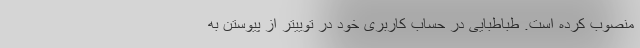
منصوب کرده است. طباطبایی در حساب کاربری خود در توییتر از پیوستن به